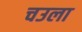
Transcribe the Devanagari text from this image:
चउला